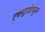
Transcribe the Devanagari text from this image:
एक्स्ट्रासेल्युलर